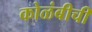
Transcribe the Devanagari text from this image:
कोळंबीची